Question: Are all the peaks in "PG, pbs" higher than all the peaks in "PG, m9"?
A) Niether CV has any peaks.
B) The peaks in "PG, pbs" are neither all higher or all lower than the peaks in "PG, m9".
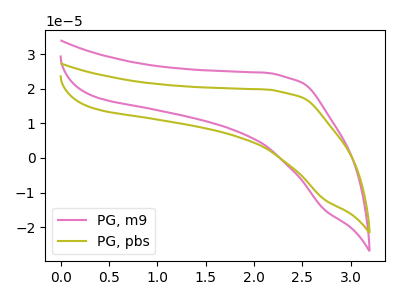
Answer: <think>The pink curve "PG, m9" has no peaks. The olive curve "PG, pbs" has no peaks.</think>
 <answer>A) Niether CV has any peaks.</answer>
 <eval>A</eval>